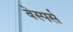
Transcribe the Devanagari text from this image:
वेस्पर्स